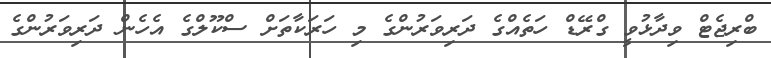
ބްރިޖެޓް ވިދާޅުވީ ގްރޭޑް ހަތެއްގެ ދަރިވަރުންގެ މި ހަރަކާތަށް ސްކޫލްގެ އެހެން ދަރިވަރުންގެ